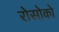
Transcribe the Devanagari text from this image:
रोसोको